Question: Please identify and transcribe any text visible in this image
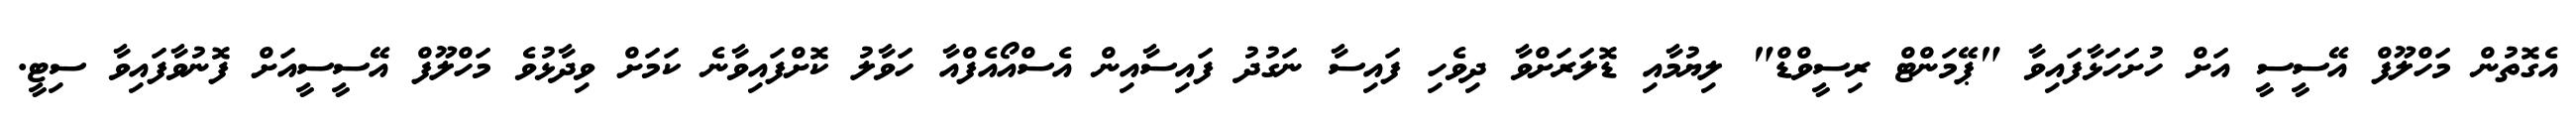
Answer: އެގޮތުން މަހްލޫފް އޭސީސީ އަށް ހުށަހަޅާފައިވާ "ޕޭމަންޓް ރިސީވްޑް" ލިޔުމާއި ޑޮލަރަށްވާ ދިވެހި ފައިސާ ނަގުދު ފައިސާއިން އެސްއޯއެފްއާ ހަވާލު ކޮށްފައިވާނެ ކަމަށް ވިދާޅުވެ މަހްލޫފް އޭސީސީއަށް ފޮނުވާފައިވާ ސިޓީ.